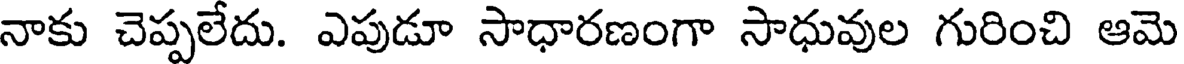
నాకు చెప్పలేదు. ఎపుడూ సాధారణంగా సాధువుల గురించి ఆమె